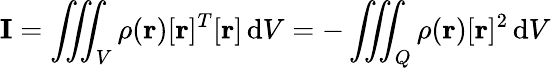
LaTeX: \mathbf{I}=\iiint_{V}\rho(\mathbf{r})[\mathbf{r}]^{T}[\mathbf{r}]\, \mathrm{d}V=-\iiint_{Q}\rho(\mathbf{r})[\mathbf{r}]^{2}\, \mathrm{d}V